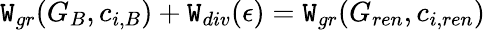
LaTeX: \mathtt{W}_{gr}(G_{B},c_{i,B})+\mathtt{W}_{div}(\epsilon)=\mathtt{W}_{gr}(G_{ren},c_{i,ren})